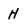
Character: H